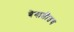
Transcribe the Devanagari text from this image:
बेनाडीतच